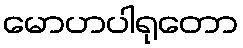
မောဟပါရုတော